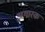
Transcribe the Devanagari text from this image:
अगारक